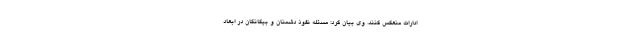
ادارات منعکس کنند. وی بیان کرد: مسئله نفوذ دشمنان و بیگانگان در ابعاد